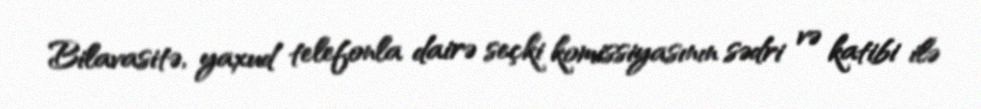
Bilavasitə, yaxud telefonla dairə seçki komissiyasının sədri və katibi ilə